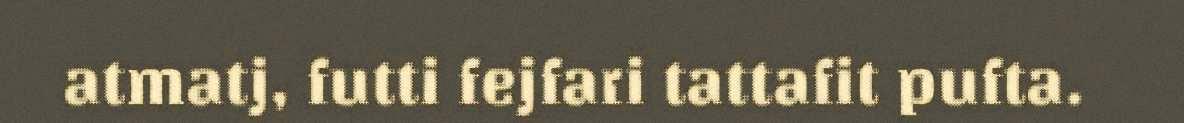
atmatj, futti fejfari tattafit pufta.